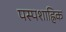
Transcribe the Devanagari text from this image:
पस्पशाह्निक